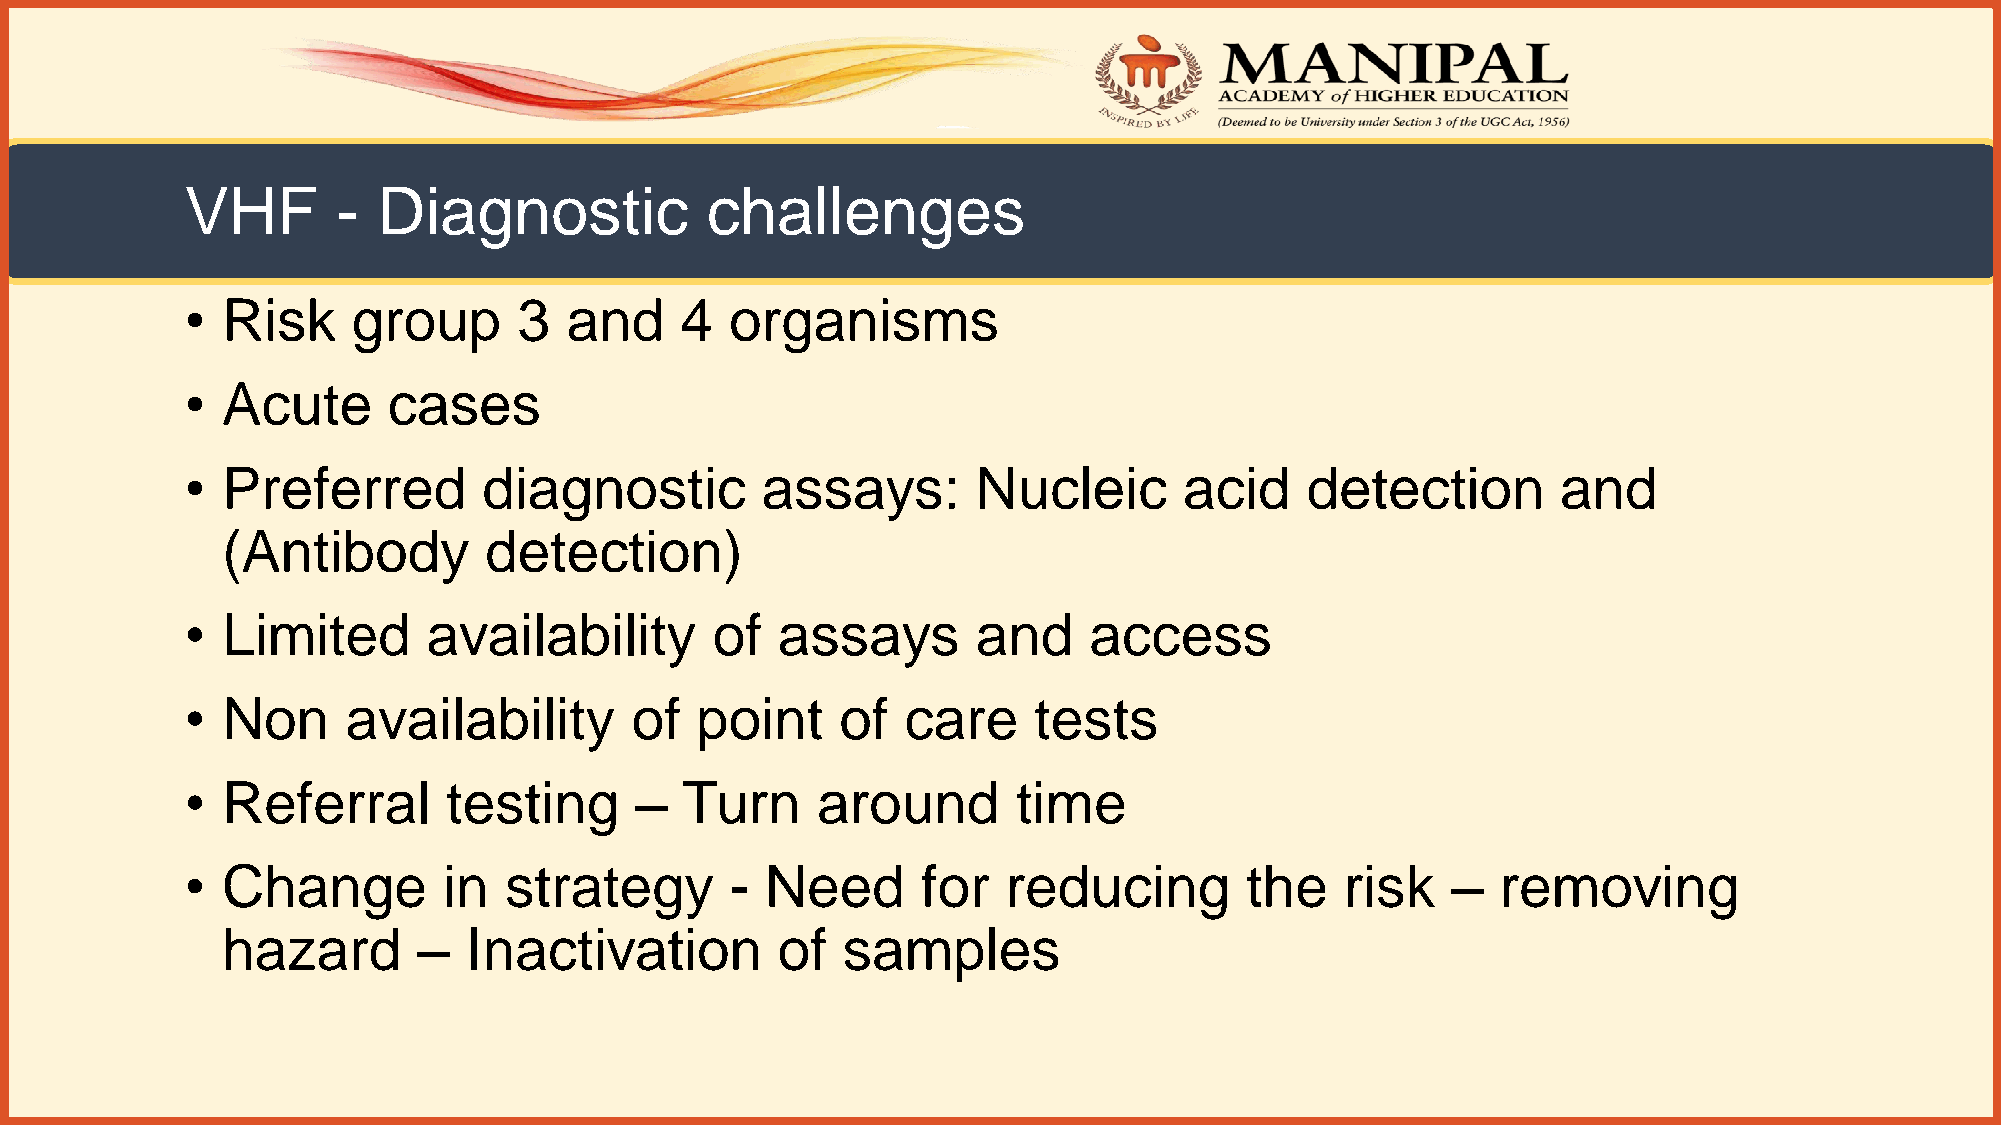
VHF       -  Diagnostic            challenges
 •  Risk    group      3  and     4  organisms
 •  Acute      cases
 •  Preferred        diagnostic        assays:        Nucleic      acid    detection        and
 (Antibody        detection)
 •  Limited      availability       of  assays        and    access
 •  Non     availability       of  point     of  care    tests
 •  Referral       testing     –  Turn     around       time
 •  Change        in  strategy       -  Need      for   reducing       the    risk   –  removing
 hazard       –  Inactivation        of   samples